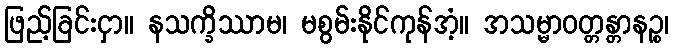
ဖြည့်ခြင်းငှာ။ နသက္ခိဿာမ၊ မစွမ်းနိုင်ကုန်အံ့။ အသမ္မာဝတ္တန္တာနဉ္စ၊